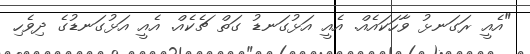
"އެއީ ރަގަނޅު ވާހަކައެއް. އެއީ އަޅުގަނޑު ގަތް ޗެކެއް. އެއީ އަޅުގަނޑުގެ ދިވެހި